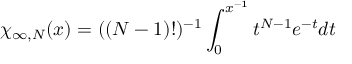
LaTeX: \chi _ { \infty , N } ( x ) = ( ( N - 1 ) ! ) ^ { - 1 } \int _ { 0 } ^ { x ^ { - 1 } } t ^ { N - 1 } e ^ { - t } d t